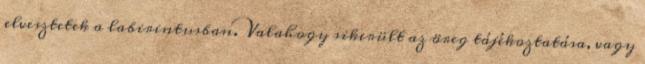
elvesztetek a labirintusban. Valahogy sikerült az öreg tájékoztatása, vagy